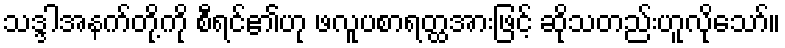
သဒ္ဒါအနက်တို့ကို စီရင်၏ဟု ဖလူပစာရတ္ထအားဖြင့် ဆိုသတည်းဟူလိုသော်။